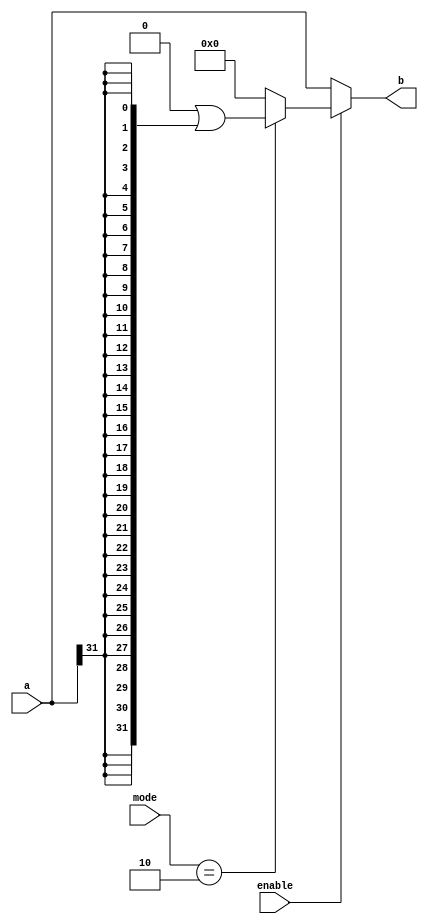
module shift32 #(parameter SI = 32)(a,b,mode,enable);
  input [31:0] a;
  input [1:0]mode;
  input enable;
  output [31:0] b;
  wire flag = a[31];
  reg [31:0]tempValue;
  always @(a or mode or enable)
  begin
   case(mode)
      2'b00 : tempValue = a>>SI;
      2'b01 : tempValue = a<<SI;
      2'b10 : tempValue = (a >>SI) | ({SI{flag}} << (31 - SI + 1));
      default: tempValue = 32'b0;
    endcase
  end
  assign b = (enable == 1'b1) ? tempValue : a;
endmodule